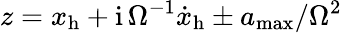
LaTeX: z=x_{\mathrm{h}}+\mathrm{i}\, \Omega^{-1}{\dot{x}}_{\mathrm{h}}\pm a_{\mathrm{max}}/\Omega^{2}